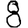
Digit: 8